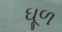
ઘૂળ